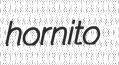
hornito